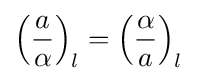
\left({\frac {a}{\alpha }}\right)_{l}=\left({\frac {\alpha }{a}}\right)_{l}